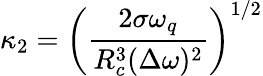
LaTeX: \displaystyle\kappa_{2}=\left(\frac{2\sigma\omega_{q}}{R_{c}^{3}(\Delta\omega)^{2}}\right)^{1/2}